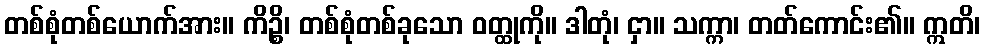
တစ်စုံတစ်ယောက်အား။ ကိဉ္စိ၊ တစ်စုံတစ်ခုသော ဝတ္ထုကို။ ဒါတုံ၊ ငှာ။ သက္ကာ၊ တတ်ကောင်း၏။ ဣတိ၊